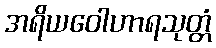
အရိယဝေါဟာရသုတ္တံ